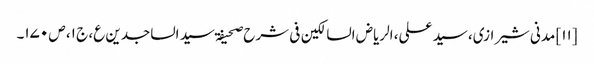
[۱۱] مدنی شیرازی، سید علی، الریاض السالکین فی شرح صحیفۃ سید الساجدین ع، ج ۱، ص ۱۷۰۔